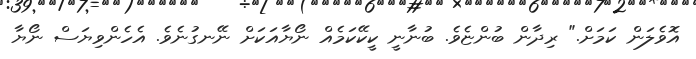
އޮވެލަން ކަމަށް." ރިދާން ބުންޏެވެ. ބުނާނީ ކީކޭކަމެއް ނޯޔާއަކަށް ނޭނގުނެވެ. އެހެންވިޔަސް ނޯޔާ